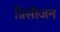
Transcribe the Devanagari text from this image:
प्रिसीजन